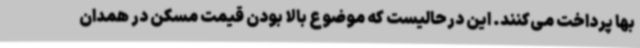
بها پرداخت می‌کنند. این درحالیست که موضوع بالا بودن قیمت مسکن در همدان